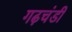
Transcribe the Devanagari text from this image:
गढ़चंडी